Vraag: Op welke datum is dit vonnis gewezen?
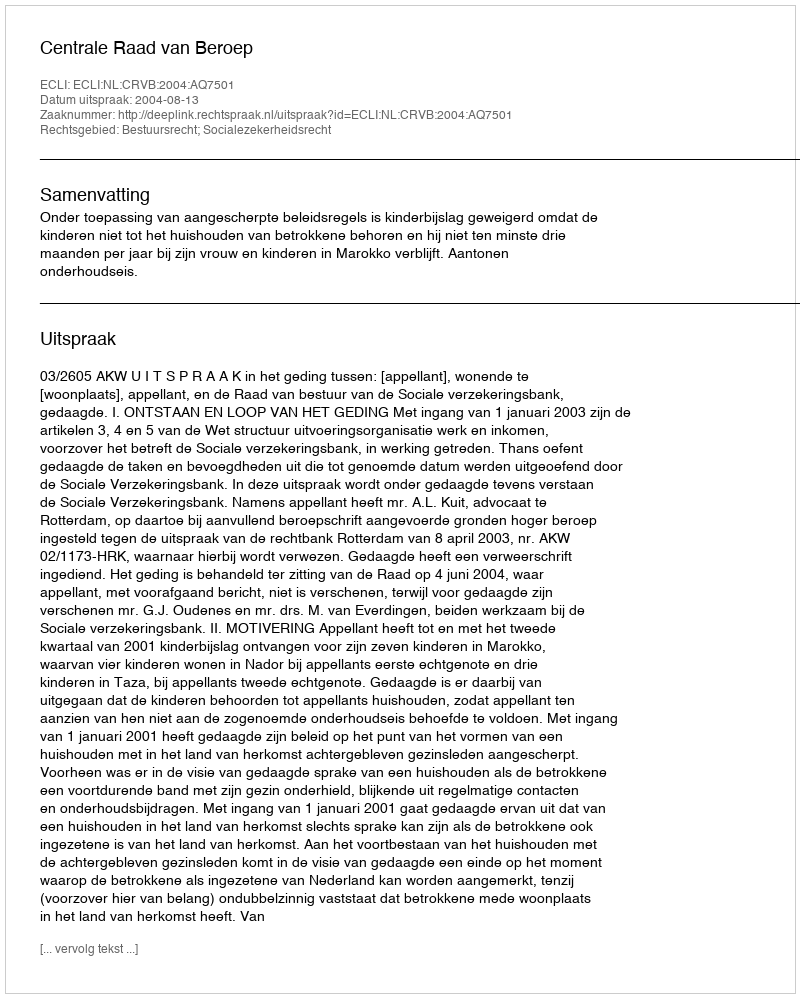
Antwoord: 2004-08-13